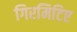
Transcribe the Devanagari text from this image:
गिरमिटिए